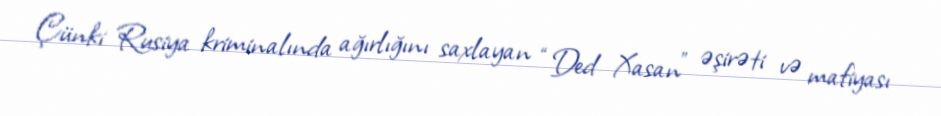
Çünki Rusiya kriminalında ağırlığını saxlayan “Ded Xasan” əşirəti və mafiyası